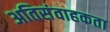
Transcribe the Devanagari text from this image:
अतिसंवाहकता